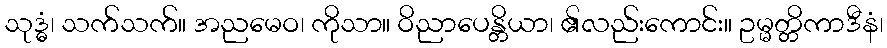
သုဒ္ဓံ၊ သက်သက်။ အညမေဝ၊ ကိုသာ။ ဝိညာပေန္တိယာ၊ ၏လည်းကောင်း။ ဥမ္မတ္တိကာဒီနံ၊